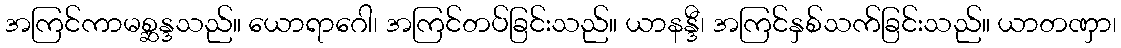
အကြင်ကာမစ္ဆန္ဒသည်။ ယောရာဂေါ၊ အကြင်တပ်ခြင်းသည်။ ယာနန္ဒီ၊ အကြင်နှစ်သက်ခြင်းသည်။ ယာတဏှာ၊